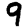
Digit: 9